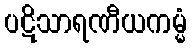
ပဋိသာရဏီယကမ္မံ